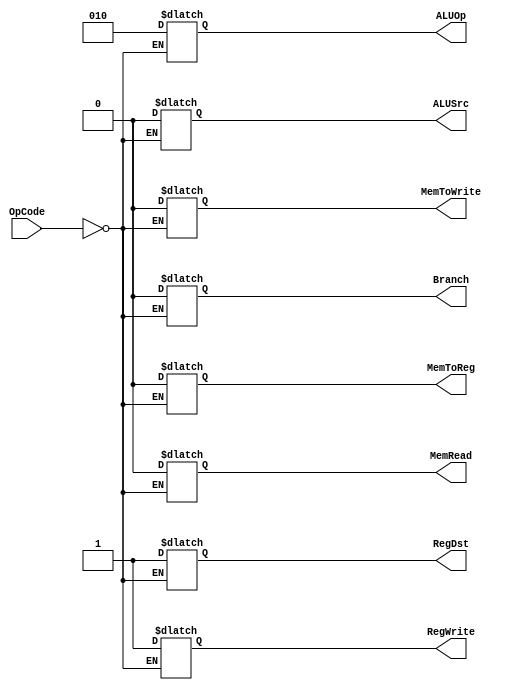
`timescale 1ns/1ns

module UC (
	input [5:0] OpCode,
	output reg RegDst,
	output reg Branch,
	output reg MemRead,
	output reg MemToReg,
	output reg [2:0] ALUOp,
	output reg MemToWrite,
	output reg ALUSrc,
	output reg RegWrite
);

always @*
begin
	case (OpCode)
		6'b000000:
		begin	
			RegDst = 1'b1;
			Branch = 1'b0;
			MemRead = 1'b0;
			MemToReg = 1'b0;
			ALUOp = 3'b010;
			MemToWrite = 1'b0;
			ALUSrc = 1'b0;
			RegWrite = 1'b1;
		end
	endcase
end

endmodule